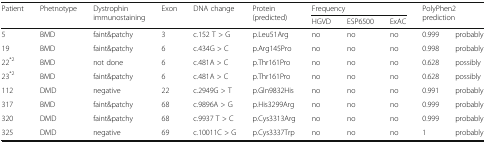
<table><thead><tr><td rowspan="2"><b>Patient</b></td><td rowspan="2"><b>Phetnotype</b></td><td rowspan="2"><b>Dystrophin immunostaining</b></td><td rowspan="2"><b>Exon</b></td><td rowspan="2"><b>DNA change</b></td><td rowspan="2"><b>Protein (predicted)</b></td><td colspan="3"><b>Frequency</b></td><td rowspan="2" colspan="2"><b>PolyPhen2 prediction</b></td></tr><tr><td><b>HGVD</b></td><td><b>ESP6500</b></td><td><b>ExAC</b></td></tr></thead><tbody><tr><td>5</td><td>BMD</td><td>faint&amp;patchy</td><td>3</td><td>c.152 T &gt; G</td><td>p.Leu51Arg</td><td>no</td><td>no</td><td>no</td><td>0.999</td><td>probably</td></tr><tr><td>19</td><td>BMD</td><td>faint&amp;patchy</td><td>6</td><td>c.434G &gt; C</td><td>p.Arg145Pro</td><td>no</td><td>no</td><td>no</td><td>0.998</td><td>probably</td></tr><tr><td>22<sup>*2</sup></td><td>BMD</td><td>not done</td><td>6</td><td>c.481A &gt; C</td><td>p.Thr161Pro</td><td>no</td><td>no</td><td>no</td><td>0.628</td><td>possibly</td></tr><tr><td>23<sup>*2</sup></td><td>BMD</td><td>faint&amp;patchy</td><td>6</td><td>c.481A &gt; C</td><td>p.Thr161Pro</td><td>no</td><td>no</td><td>no</td><td>0.628</td><td>possibly</td></tr><tr><td>112</td><td>DMD</td><td>negative</td><td>22</td><td>c.2949G &gt; T</td><td>p.Gln9832His</td><td>no</td><td>no</td><td>no</td><td>0.991</td><td>probably</td></tr><tr><td>317</td><td>BMD</td><td>faint&amp;patchy</td><td>68</td><td>c.9896A &gt; G</td><td>p.His3299Arg</td><td>no</td><td>no</td><td>no</td><td>0.999</td><td>probably</td></tr><tr><td>320</td><td>DMD</td><td>faint&amp;patchy</td><td>68</td><td>c.9937 T &gt; C</td><td>p.Cys3313Arg</td><td>no</td><td>no</td><td>no</td><td>0.999</td><td>probably</td></tr><tr><td>325</td><td>DMD</td><td>negative</td><td>69</td><td>c.10011C &gt; G</td><td>p.Cys3337Trp</td><td>no</td><td>no</td><td>no</td><td>1</td><td>probably</td></tr></tbody></table>